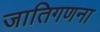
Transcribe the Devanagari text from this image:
जातिगणना